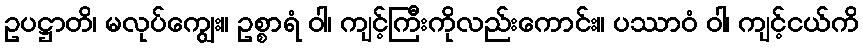
ဥပဋ္ဌာတိ၊ မလုပ်ကျွေး။ ဥစ္စာရံ ဝါ၊ ကျင့်ကြီးကိုလည်းကောင်း။ ပဿာဝံ ဝါ၊ ကျင့်ငယ်ကိ